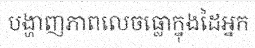
បង្ហាញភាពលេចធ្លោក្នុងដៃអ្នក